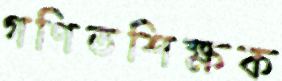
গণিতশিক্ষক